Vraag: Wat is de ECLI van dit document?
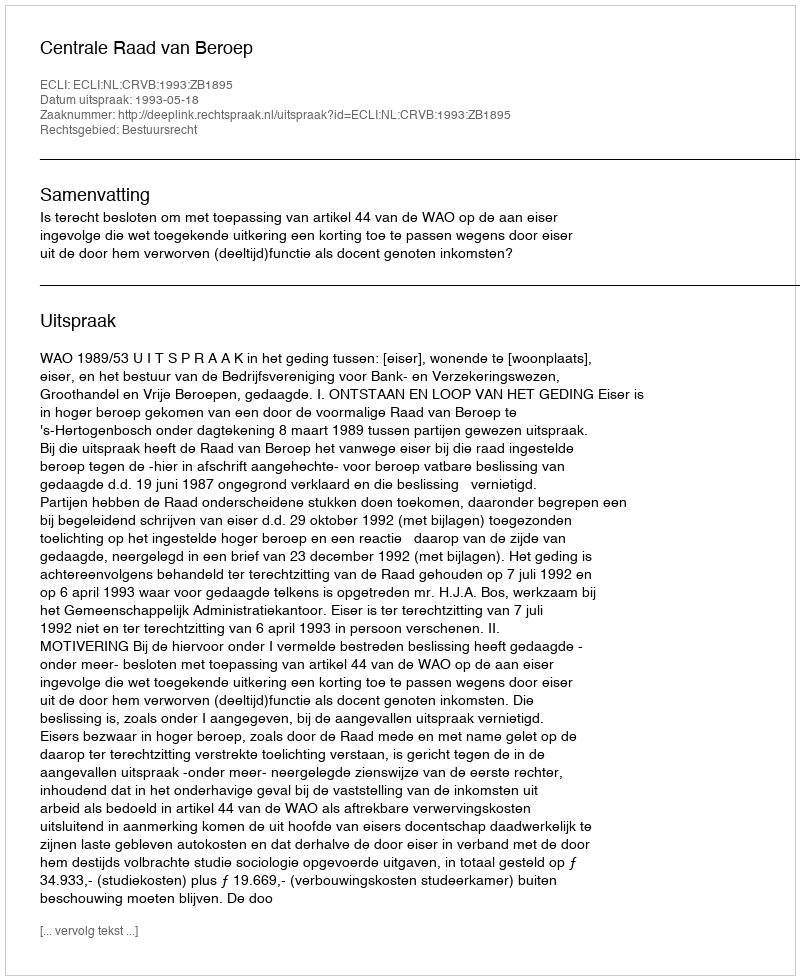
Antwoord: ECLI:NL:CRVB:1993:ZB1895